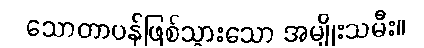
သောတာပန်ဖြစ်သွားသော အမျိုးသမီး။